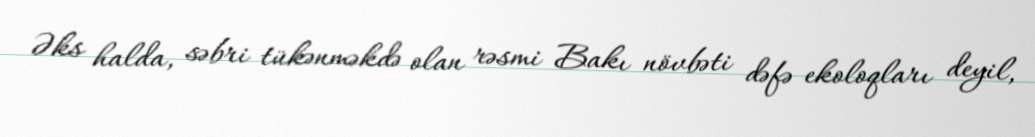
Əks halda, səbri tükənməkdə olan rəsmi Bakı növbəti dəfə ekoloqları deyil,